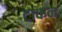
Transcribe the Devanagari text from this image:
टाकन